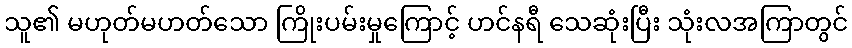
သူ၏ မဟုတ်မဟတ်သော ကြိုးပမ်းမှုကြောင့် ဟင်နရီ သေဆုံးပြီး သုံးလအကြာတွင်